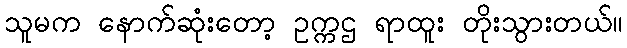
သူမက နောက်ဆုံးတော့ ဥက္ကဌ ရာထူး တိုးသွားတယ်။